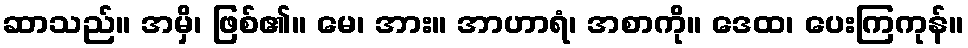
ဆာသည်။ အမှိ၊ ဖြစ်၏။ မေ၊ အား။ အာဟာရံ၊ အစာကို။ ဒေထ၊ ပေးကြကုန်။